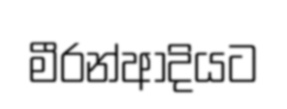
මීරන්ආදියට